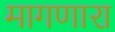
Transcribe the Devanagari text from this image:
मागणारा